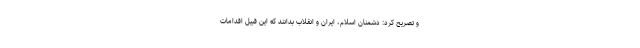
و تصریح کرد: دشمنان اسلام، ایران و انقلاب بدانند که این قبیل اقدامات